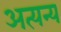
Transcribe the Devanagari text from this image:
अत्यन्य